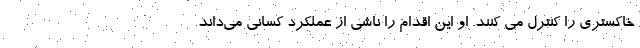
خاکستری را کنترل می کنند. او این اقدام را ناشی از عملکرد کسانی می‌داند